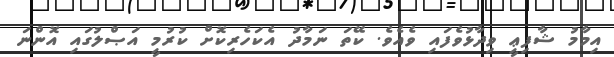
އިމާމު ޝާފިޢީ ވިދާޅުވެފައި ވެއެވެ. ކޭތަ ނަމާދު އެކަހެރިކޮށް ކުރުމީ އަޞްލުގައި އޮންނަ